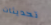
تحديثات